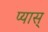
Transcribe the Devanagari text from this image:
प्यास्